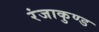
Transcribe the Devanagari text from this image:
रंजाकुण्ड